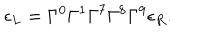
\epsilon _ { L } = \Gamma ^ { 0 } \Gamma ^ { 1 } \Gamma ^ { 7 } \Gamma ^ { 8 } \Gamma ^ { 9 } \epsilon _ { R } .